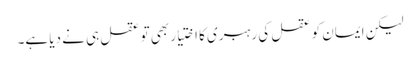
لیکن ایمان کو عقل کی رہبری کا اختیار بھی تو عقل ہی نے دیا ہے۔